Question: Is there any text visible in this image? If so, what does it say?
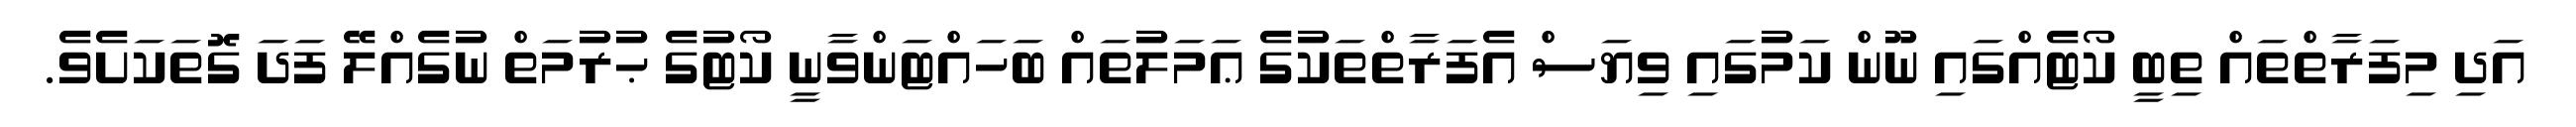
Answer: އަދި މިފަރާތްތައް ތިބީ ކޯޓެއްގައި ނޫން ކަމުގައި ވިޔަސް އެފަރާތްތަކުގެ ޢަމަލުތައް ބަހައްޓަންވާނީ ކޯޓުގެ ޙުރުމަތް ނުގެއްލޭ ފަދަ ގޮތަކަށެވެ.